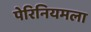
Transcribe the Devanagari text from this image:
पेरिनियमला